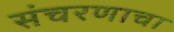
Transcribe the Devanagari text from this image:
संचरणाचा